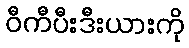
ဝီကီပီးဒီးယားကို